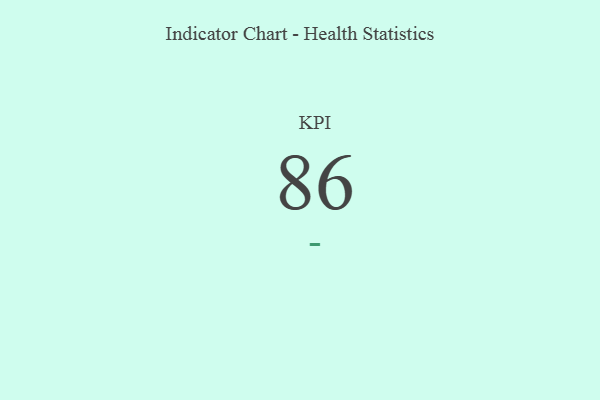
{"axis": {"x": "KPI", "y": "Value"}, "legend": [""], "data": [{"x": "KPI", "y": 86, "type": ""}]}